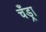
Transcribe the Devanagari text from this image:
चँड्रा